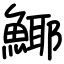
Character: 𩸾